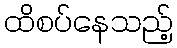
ထိစပ်နေသည့်